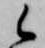
候